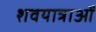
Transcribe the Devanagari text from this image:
शवयात्राओँ